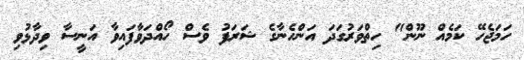
ހަމަޖެހޭ ކަމެއް ނޫން" ހިތްވަރުގަދަ އަންހެނާގެ ޝަރަފު ވެސް ހޯއްދަވާފައިވާ އަނީސާ ވިދާޅުވި